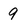
Character: 9